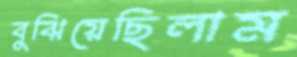
বুঝিয়েছিলাম